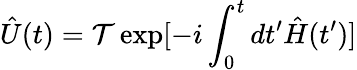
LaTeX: \hat{U}(t)=\mathcal{T}\exp[-i\int_{0}^{t}dt^{\prime}\hat{H}(t^{\prime})]